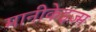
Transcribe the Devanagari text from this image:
मानीकेइज़्म